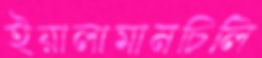
ইয়ালামানচিলি